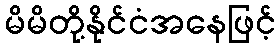
မိမိတို့နိုင်ငံအနေဖြင့်